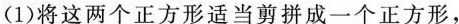
(1)将这两个正方形适当剪拼成一个正方形，